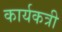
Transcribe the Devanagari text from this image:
कार्यकत्री